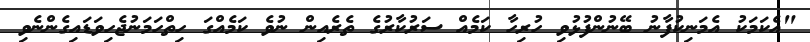
"އެކަމަކު އެމަނިކުފާނު ބޭނުންފުޅުވި ހުރިހާ ކަމެއް ސަރުކާރުގެ ތެރެއިން ނުވެ ކަމެއްގަ ހިތްހަމަނުޖެހިވަޑައިގެންނެވި